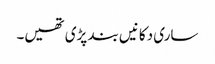
ساری دکانیں بند پڑی تھیں۔